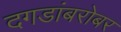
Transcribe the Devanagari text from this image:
दगडांबरोबर